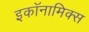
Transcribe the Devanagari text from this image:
इकॉनामिक्स